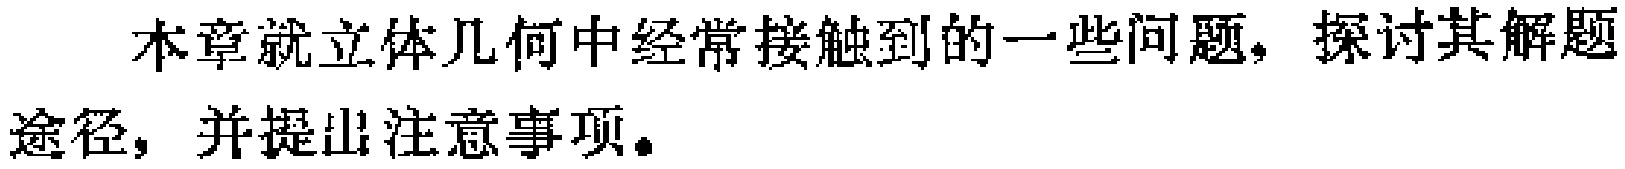
本章就立体几何中经常接触到的一些问题，探讨其解题途径，并提出注意事项。